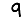
Digit: 9